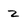
Character: z